Calcutta medical institutions reports 1871-78
Year: 1871
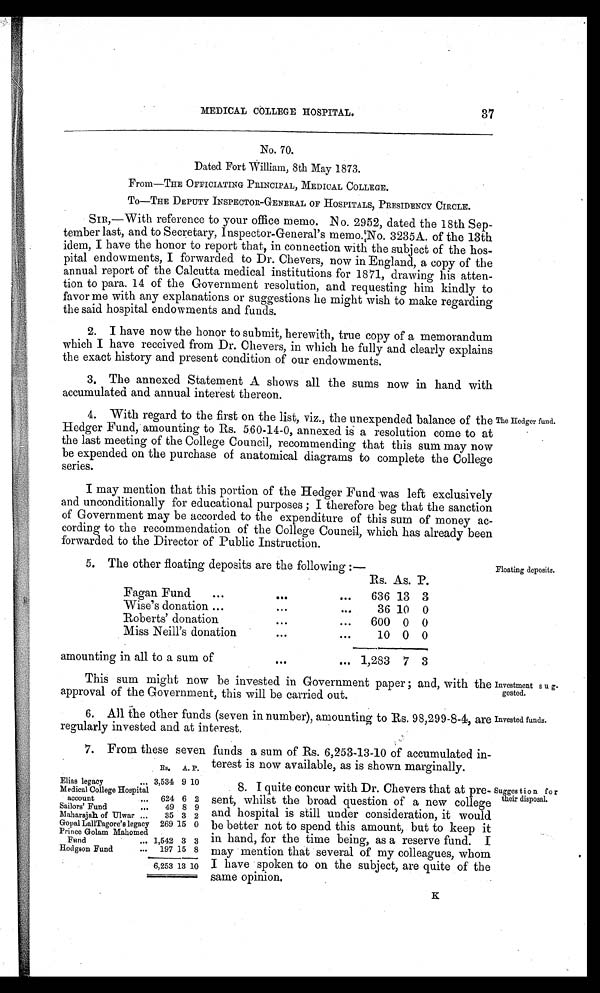
Investment sug-
gested.
Invested funds.
MEDICAL COLLEGE HOSPITAL.
37
No. 70.
Dated Fort William, 8th May 1873.
From—THE OFFICIATING PRINCIPAL, MEDICAL COLLEGE.
To—THE DEPUTY INSPECTOR– GENERAL OF HOSPITALS, PRESIDENCY CIRCLE.
SIR,—With reference to your office memo. No. 2952, dated the 18th Sep-
tember last, and to Secretary, Inspector-General's memo. No. 3235A. of the 13th
idem, I have the honor to report that, in connection with the subject of the hos-
pital endowments, I forwarded to Dr. Chevers, now in England, a copy of the
annual report of the Calcutta medical institutions for 1871, drawing his atten-
tion to para. 14 of the Government resolution, and requesting him kindly to
favor me with any explanations or suggestions he might wish to make regarding
the said hospital endowments and funds.
2. I have now the honor to submit, herewith, true copy of a memorandum
which I have received from Dr. Chevers, in which he fully and clearly explains
the exact history and present condition of our endowments.
3. The annexed Statement A shows all the sums now in hand with
accumulated and annual interest thereon.
4. With regard to the first on the list, viz., the unexpended balance of the
Hedger Fund, amounting to Rs. 560-14-0, annexed is a resolution come to at
the last meeting of the College Council, recommending that this sum may now
be expended on the purchase of anatomical diagrams to complete the College
series.
I may mention that this portion of the Hedger Fund was left exclusively
and unconditionally for educational purposes ; I therefore beg that the sanction
of Government may be accorded to the expenditure of this sum of money ac-
cording to the recommendation of the College Council, which has already been
forwarded to the Director of Public Instruction.
The Hedger fund.
5. The other floating deposits are the following:—
Rs. As. P.
Fagan Fund
...
–•
...
636 13 3
Wise's donation ...
•••
•••
36 10 0
Roberts' donation
•••
...
600 0 0
Miss Neill's donation
•••
10 0 0
amounting in all to a sum of...
.•.
1,283 7 3
Floating deposits.
This sum might now be invested in Government paper; and, with the
approval of the Government, this will be carried out.
6. All the other funds (seven in number), amounting to Rs. 98,299-8-4, are
regularly invested and at interest.
7. From these seven funds a sum of Rs. 6,253-13-10 of accumulated in-
t t e r e s t i s
n o w
a v a i l a b l e ,
Es.
A. P.
Elias legacy
... 3,534 9 10
Medical College Hospital
account
..,
624 6 2
Sailors' Fund
...
49 8 9
Maharajah of Ulwar ...
35 3 2
Gopal Lall Tagore's legacy
Prince Golam Mahomed
269 15 0
Fund
... 1,542 3 3
Hodgson Fund
...
197 15 8
6,253 13 10
8. I quite concur with Dr. Chevers that at pre-
sent, whilst the broad question of a new college
and hospital is still under consideration, it would
be better not to spend this amount, but to keep it
in hand, for the time being, as a reserve fund. I
may mention that several of my colleagues, whom
I have spoken to on the subject, are quite of the
same opinion.
Suggestion for
their disposal.